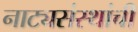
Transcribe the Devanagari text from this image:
नाट्यसंस्थांची